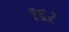
૧૬ર